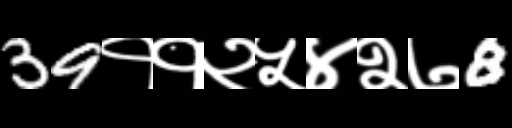
Text: 39११२५४२७8